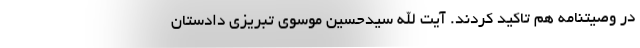
در وصیتنامه هم تاکید کردند. آیت الله سیدحسین موسوی تبریزی دادستان